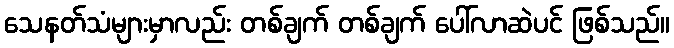
သေနတ်သံများမှာလည်း တစ်ချက် တစ်ချက် ပေါ်လာဆဲပင် ဖြစ်သည်။